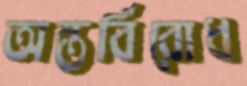
অন্তর্বিরোধ